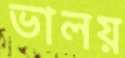
ভালয়